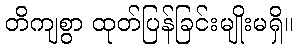
တိကျစွာ ထုတ်ပြန်ခြင်းမျိုးမရှိ။